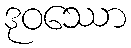
ဒုဝဿော